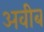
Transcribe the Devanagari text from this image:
अवीब